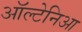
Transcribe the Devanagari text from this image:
ऑल्टेनिआ